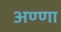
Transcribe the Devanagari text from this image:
अण्‍णा